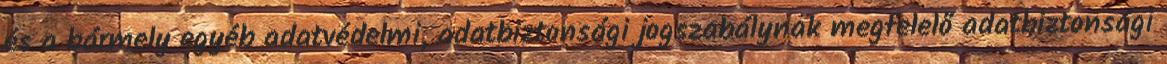
és a bármely egyéb adatvédelmi, adatbiztonsági jogszabálynak megfelelő adatbiztonsági